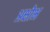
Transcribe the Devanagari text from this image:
अक्षोभ